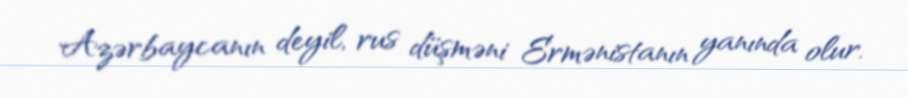
Azərbaycanın deyil, rus düşməni Ermənistanın yanında olur.